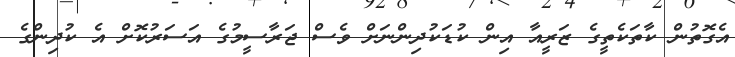
އެގޮތުން ކާތަކެތީގެ ޒަރީއާ އިން ކުޑަކުދިންނަށް ވެސް ޖަރާސީމުގެ އަސަރުކޮށް އެ ކުދިންގެ